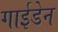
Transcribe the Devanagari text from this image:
गाईडेन